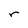
Character: r